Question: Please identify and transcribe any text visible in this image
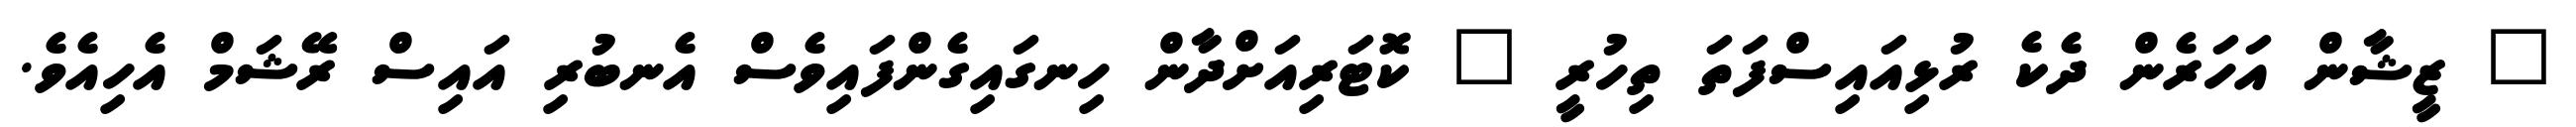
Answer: " ޒީޝާން އަހަރެން ދެކެ ރުޅިއައިސްފަތަ ތިހުރީ " ކޮޓަރިއަށްދާން ހިނގައިގެންފައިވެސް އެނބުރި އައިސް ރޭޝަމް އެހިއެވެ.